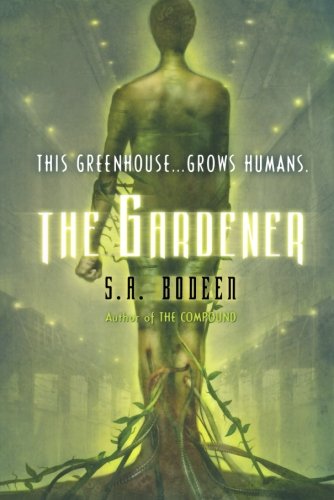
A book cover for The Gardener; S. A. Bodeen; Teen & Young Adult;